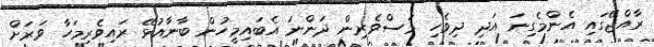
ރާއްޖޭގައި އެންމެގިނަ އަދި ދިވެހި މަސްވެރިން ދަންނަ އެބައިމީހުން ބާނާއުޅޭ ރައިވެރިމަހާ ވަރަށް